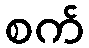
စက်